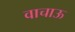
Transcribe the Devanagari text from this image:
वाचाऊ